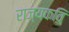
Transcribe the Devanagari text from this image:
राज्यकवि